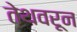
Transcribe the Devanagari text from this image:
तेथवरून